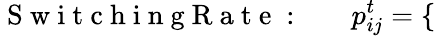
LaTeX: \mathrm{~S~w~i~t~c~h~i~n~g~R~a~t~e~:~~~~~~~}p_{ij}^{t}=\left\{ \begin{array}{ll}{\begin{array}{rlr}\end{array}}\end{array}\right.